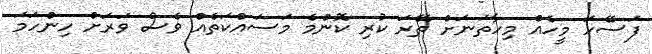
ފަސޭހަ މީހެއް މިހާތަނަށް ތޭރަ ކުރި ކޮންމެ މަސައްކަތެއް ވެސް ވަރަށް ހިންހަމަ